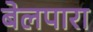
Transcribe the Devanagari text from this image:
बेलपारा